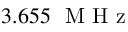
3 . 6 5 5 ~ \mathrm { ~ M ~ H ~ z ~ }